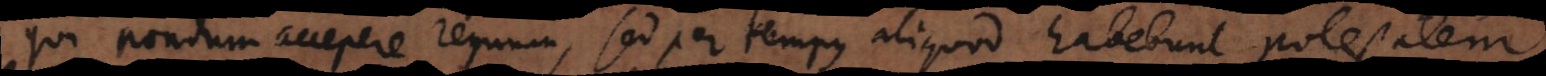
qui nondum accepere regnum, sed per tempus aliquod habebunt potesta